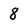
Character: 8